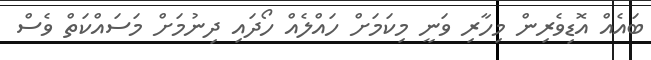
ބައެއް އޮޑިވެރިން މިހާރި ވަނީ މިކަމަށް ހައްލެއް ހޯދައި ދިނުމަށް މަސައްކަތް ވެސް